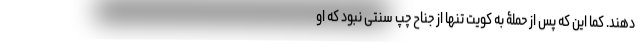
دهند. کما این که پس از حملۀ به کویت تنها از جناح چپ سنتی نبود که او